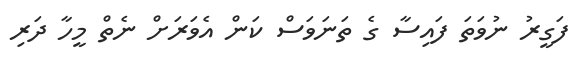
ފަގީރު ނުވަތަ ފައިސާ ގެ ތަނަވަސް ކަން އެވަރަށް ނެތް މީހާ ދަރި